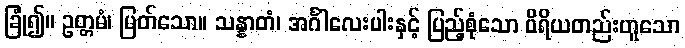
ခြုံ၍။ ဥတ္တမံ၊ မြတ်သော။ သန္နာတံ၊ အင်္ဂါလေးပါးနှင့် ပြည့်စုံသော ဝိရိယတည်းဟူသော